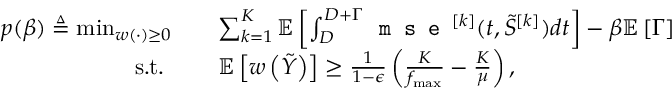
\begin{array} { r l } { p ( \beta ) \triangleq \operatorname* { m i n } _ { w ( \cdot ) \geq 0 } } & { \quad \sum _ { k = 1 } ^ { K } { \mathbb { E } } \left[ \int _ { D } ^ { D + \Gamma } \texttt { m s e } ^ { [ k ] } ( t , \tilde { S } ^ { [ k ] } ) d t \right] - \beta { \mathbb { E } } \left[ \Gamma \right] } \\ { \mathrm { s . t . ~ } } & { \quad { \mathbb { E } } \left[ w \left( \tilde { Y } \right) \right] \geq \frac { 1 } { 1 - \epsilon } \left( \frac { K } { f _ { \operatorname* { m a x } } } - \frac { K } { \mu } \right) , } \end{array}